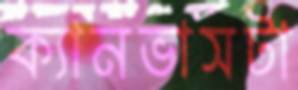
ক্যানভাসটা